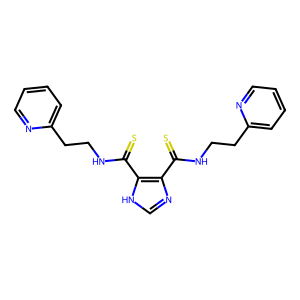
SMILES: S=C(NCCc1ccccn1)c1nc[nH]c1C(=S)NCCc1ccccn1
Inhibits HIV replication: No